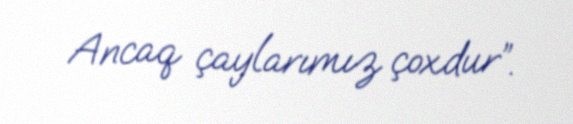
Ancaq çaylarımız çoxdur”.